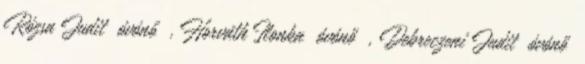
Rózsa Judit óvónő , Horváth Ilonka óvónő , Debreczeni Judit óvónő